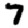
Digit: 7